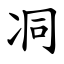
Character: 㓊